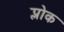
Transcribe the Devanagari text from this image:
प्लोक